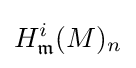
H_{\mathfrak {m}}^{i}(M)_{n}